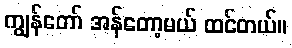
ကျွန်တော် အန်တော့မယ် ထင်တယ်။